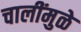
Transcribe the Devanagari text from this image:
चालींमुळे